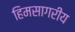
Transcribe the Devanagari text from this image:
हिमसागरीय